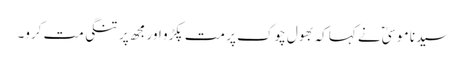
سیدنا موسیٰؑ نے کہا کہ بھول چوک پر مت پکڑو اور مجھ پر تنگی مت کرو۔